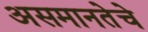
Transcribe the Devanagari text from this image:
असमानतेचे